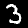
Label: 3